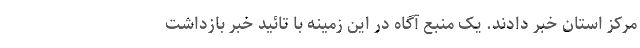
مرکز استان خبر دادند. یک منبع آگاه در این زمینه با تائید خبر بازداشت